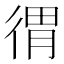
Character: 𢔥